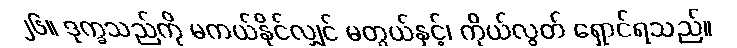
၂၆။ ဒုက္ခသည်ကို မကယ်နိုင်လျှင် မတွယ်နှင့်၊ ကိုယ်လွတ် ရှောင်ရသည်။